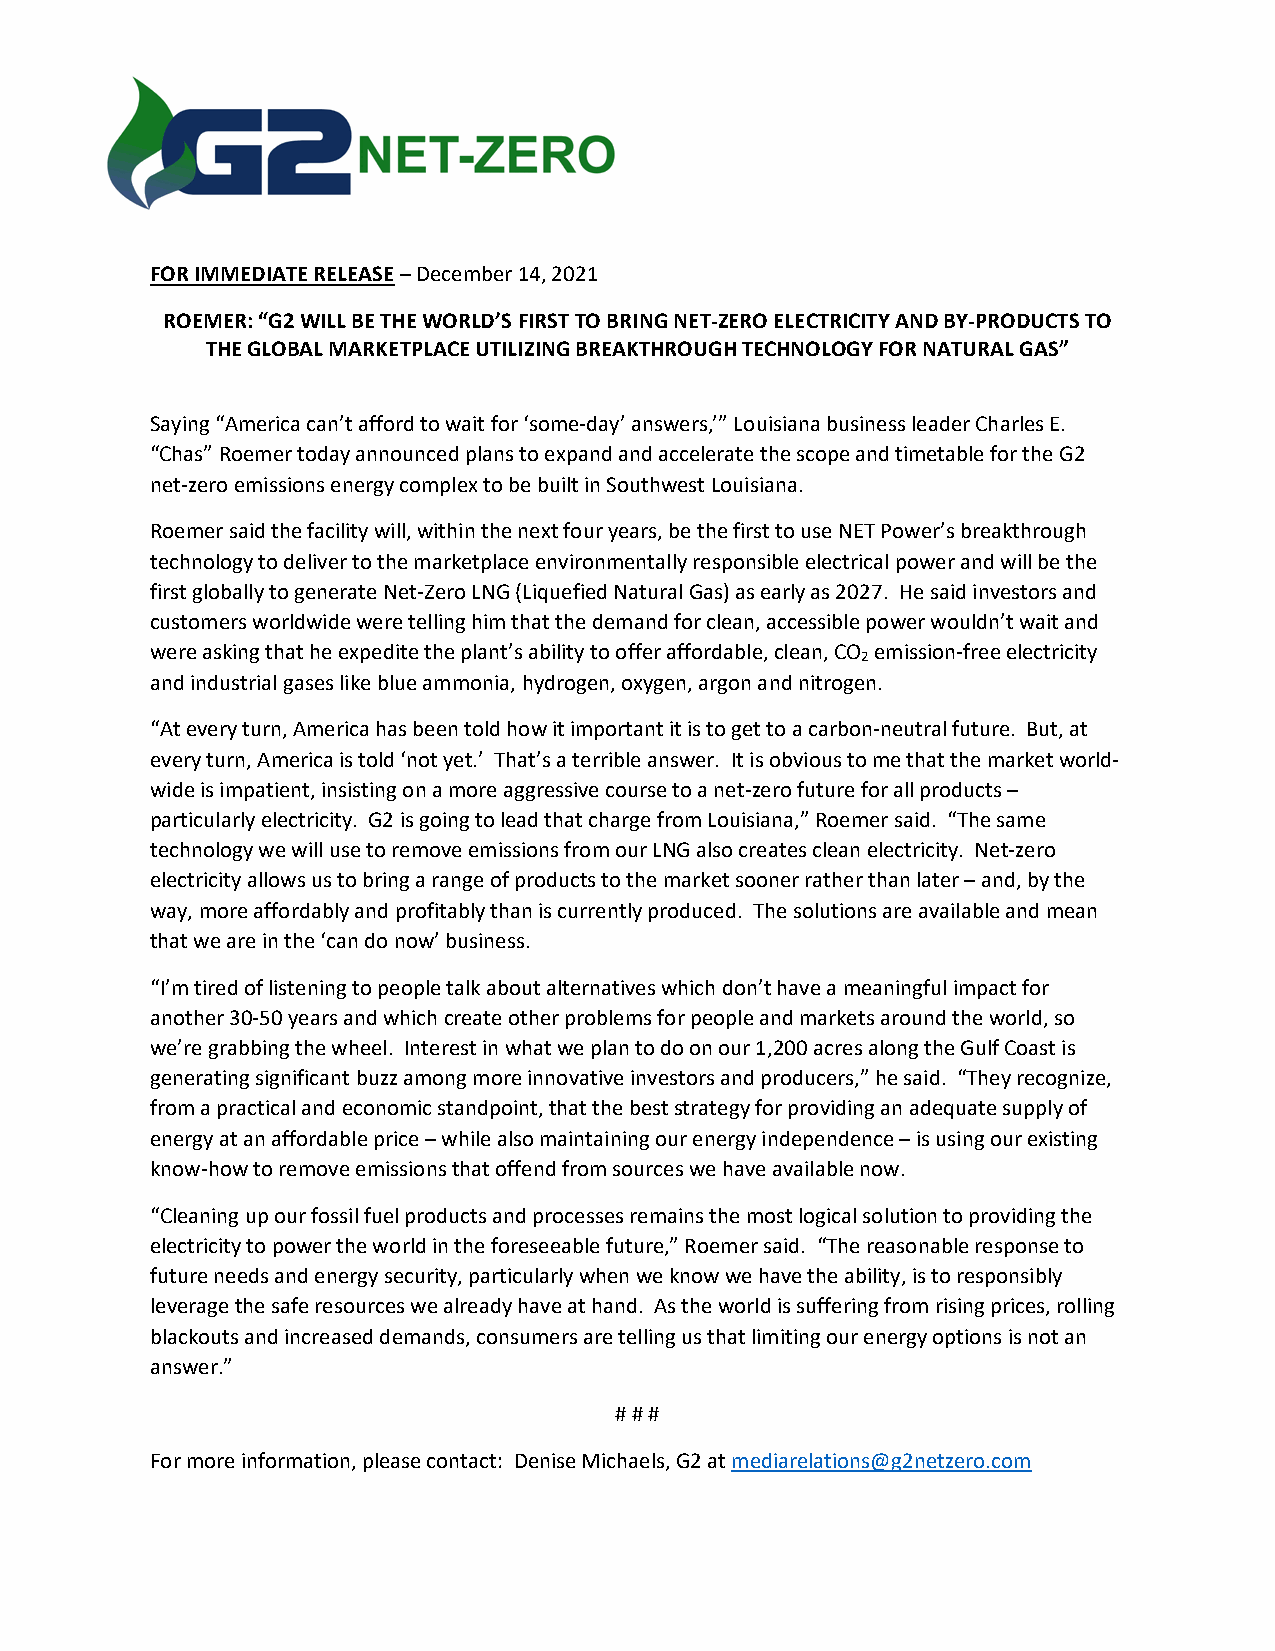
FOR IMMEDIATE RELEASE – December 14, 2021
 ROEMER: “G2 WILL BE THE WORLD’S FIRST TO BRING NET-ZERO ELECTRICITY AND BY-PRODUCTS TO
 THE GLOBAL MARKETPLACE UTILIZING BREAKTHROUGH TECHNOLOGY FOR NATURAL GAS”
 Saying “America can’t afford to wait for ‘some-day’ answers,’” Louisiana business leader Charles E.
 “Chas” Roemer today announced plans to expand and accelerate the scope and timetable for the G2
 net-zero emissions energy complex to be built in Southwest Louisiana.
 Roemer said the facility will, within the next four years, be the first to use NET Power’s breakthrough
 technology to deliver to the marketplace environmentally responsible electrical power and will be the
 first globally to generate Net-Zero LNG (Liquefied Natural Gas) as early as 2027. He said investors and
 customers worldwide were telling him that the demand for clean, accessible power wouldn’t wait and
 were asking that he expedite the plant’s ability to offer affordable, clean, CO emission-free electricity
 2
 and industrial gases like blue ammonia, hydrogen, oxygen, argon and nitrogen.
 “At every turn, America has been told how it important it is to get to a carbon-neutral future. But, at
 every turn, America is told ‘not yet.’ That’s a terrible answer. It is obvious to me that the market world-
 wide is impatient, insisting on a more aggressive course to a net-zero future for all products –
 particularly electricity. G2 is going to lead that charge from Louisiana,” Roemer said. “The same
 technology we will use to remove emissions from our LNG also creates clean electricity. Net-zero
 electricity allows us to bring a range of products to the market sooner rather than later – and, by the
 way, more affordably and profitably than is currently produced. The solutions are available and mean
 that we are in the ‘can do now’ business.
 “I’m tired of listening to people talk about alternatives which don’t have a meaningful impact for
 another 30-50 years and which create other problems for people and markets around the world, so
 we’re grabbing the wheel. Interest in what we plan to do on our 1,200 acres along the Gulf Coast is
 generating significant buzz among more innovative investors and producers,” he said. “They recognize,
 from a practical and economic standpoint, that the best strategy for providing an adequate supply of
 energy at an affordable price – while also maintaining our energy independence – is using our existing
 know-how to remove emissions that offend from sources we have available now.
 “Cleaning up our fossil fuel products and processes remains the most logical solution to providing the
 electricity to power the world in the foreseeable future,” Roemer said. “The reasonable response to
 future needs and energy security, particularly when we know we have the ability, is to responsibly
 leverage the safe resources we already have at hand. As the world is suffering from rising prices, rolling
 blackouts and increased demands, consumers are telling us that limiting our energy options is not an
 answer.”
 # # #
 For more information, please contact: Denise Michaels, G2 at mediarelations@g2netzero.com